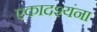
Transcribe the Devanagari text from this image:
एकादश्यंना